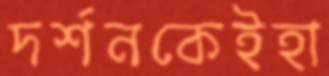
দর্শনকেইহা